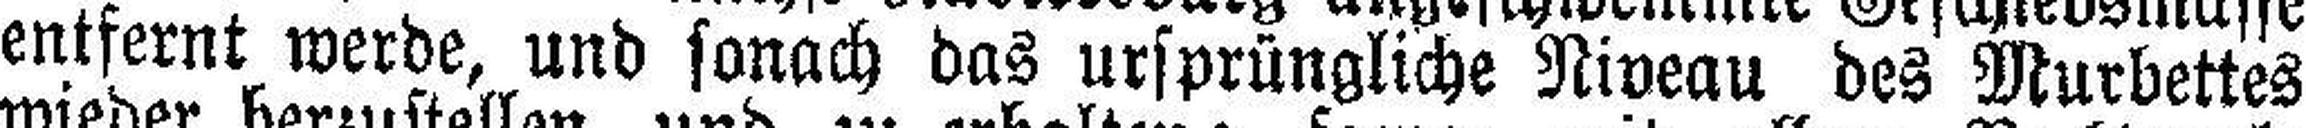
entfernt werde, und sonach das ursprüngliche Niveau des Murbettes